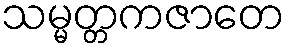
သမ္မတ္တကဇာတေ